Civil Veterinary Department Bengal reports 1923-33 - 1923-1933
Year: 1923
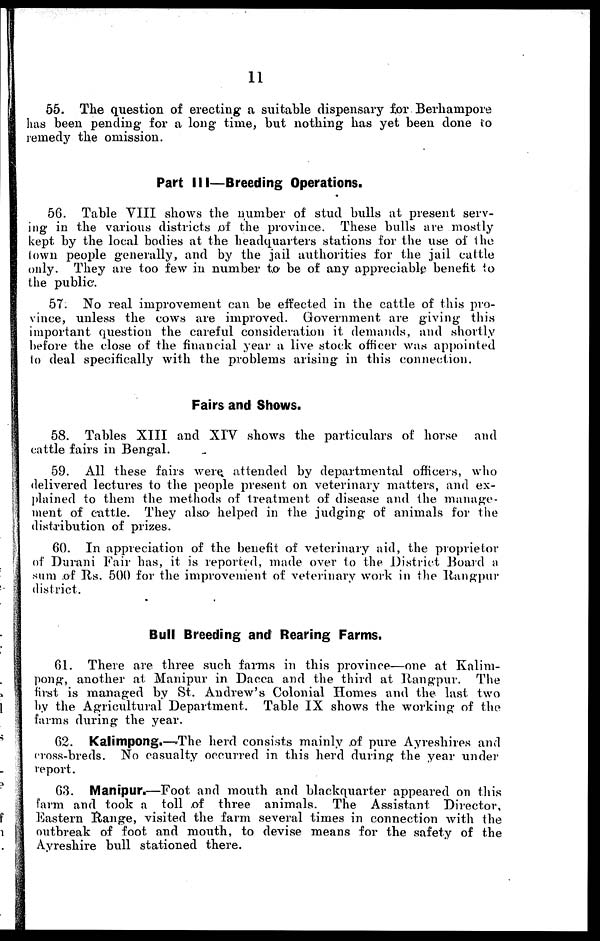
11
55. The question of erecting a suitable dispensary for Berhampore
has been pending for a long time, but nothing has yet been done to
remedy the omission.
Part III—Breeding Operations.
56. Table VIII shows the number of stud bulls at present serv-
ing in the various districts of the province. These bulls are mostly
kept by the local bodies at the headquarters stations for the use of the
town people generally, and by the jail authorities for the jail cattle
only. They are too few in number to be of any appreciable benefit to
the public.
57. No real improvement can be effected in the cattle of this pro-
vince, unless the cows are improved. Government are giving this
important question the careful consideration it demands, and shortly
before the close of the financial year a live stock officer was appointed
to deal specifically with the problems arising in this connection.
Fairs and Shows.
58. Tables XIII and XIV shows the particulars of horse and
cattle fairs in Bengal.
59. All these fairs were attended by departmental officers, who
delivered lectures to the people present on veterinary matters, and ex-
plained to them the methods of treatment of disease and the manage-
ment of cattle. They also helped in the judging of animals for the
distribution of prizes.
60. In appreciation of the benefit of veterinary aid, the proprietor
of Durani Fair has, it is reported, made over to the District Board a
sum of Rs. 500 for the improvement of veterinary work in the Rangpur
district.
Bull Breeding and Rearing Farms.
61. There are three such farms in this province—one at Kalim-
pong, another at Manipur in Dacca and the third at Rangpur. The
first is managed by St. Andrew's Colonial Homes and the last two
by the Agricultural Department. Table IX shows the working of the
farms during the year.
62. Kalimpong.—.The herd consists mainly of pure Ayreshires and
cross-breds. No casualty occurred in this herd during the year under
report.
63. Manipur.—Foot and mouth and blackquarter appeared on this
farm and took a toll of three animals. The Assistant Director,
Eastern Range, visited the farm several times in connection with the
outbreak of foot and mouth, to devise means for the safety of the
Ayreshire bull stationed there.